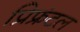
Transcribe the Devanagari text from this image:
प्रिफ्रंटल